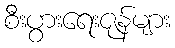
စီးပွားရေးဇုန်များ